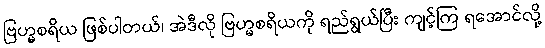
ဗြဟ္မစရိယ ဖြစ်ပါတယ်၊ အဲဒီလို ဗြဟ္မစရိယကို ရည်ရွယ်ပြီး ကျင့်ကြ ရအောင်လို့